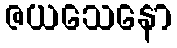
ဇယသေနော